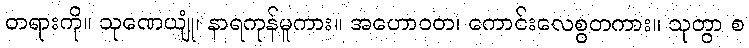
တရားကို။ သုဏေယျုံ၊ နာရကုန်မူကား။ အဟောဝတ၊ ကောင်းလေစွတကား။ သုတွာ စ